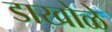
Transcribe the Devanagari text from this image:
डाखोळे